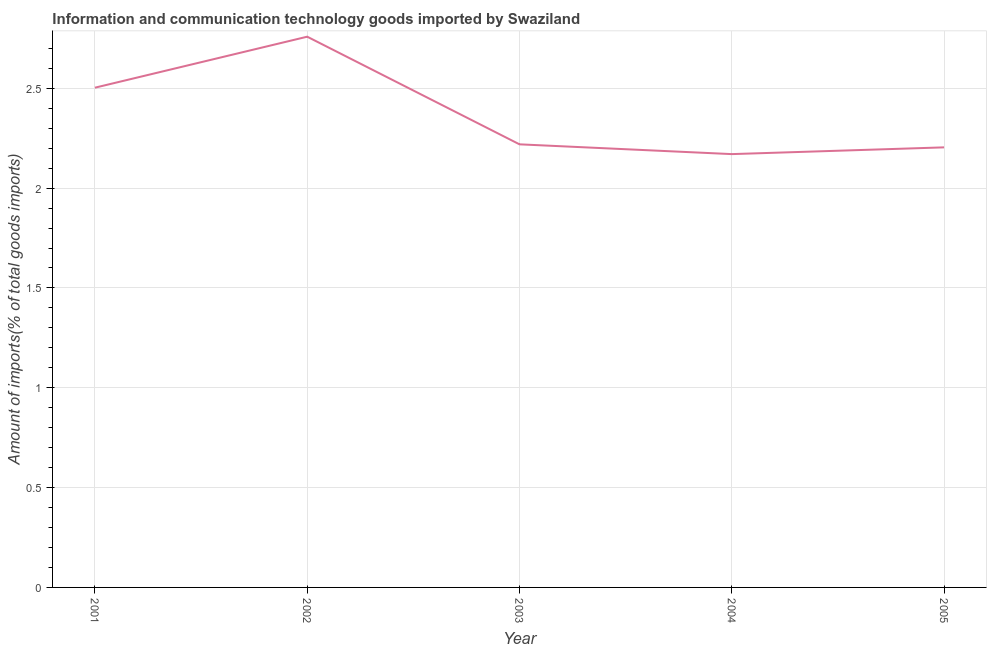
| Year | ICT goods imports |
 | --- | --- |
 | 2001 | 2.5 |
 | 2002 | 2.76 |
 | 2003 | 2.22 |
 | 2004 | 2.17 |
 | 2005 | 2.2 |